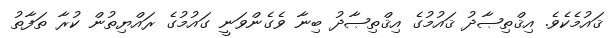
ޤައުމެކެވެ. އިޤްތިޞާދު ޤައުމުގެ އިޤްތިޞާދު ބިނާ ވެގެންވަނީ ގައުމުގެ ރައްޔިތުން ކުރާ ތަފާތު